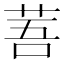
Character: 䓊